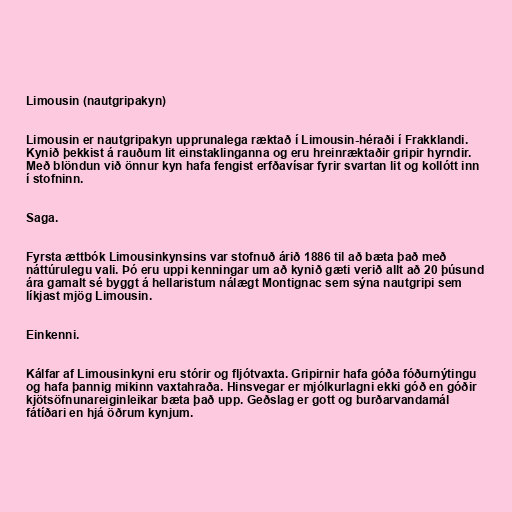
Limousin (nautgripakyn)

Limousin er nautgripakyn upprunalega ræktað í Limousin-héraði í Frakklandi.
Kynið þekkist á rauðum lit einstaklinganna og eru hreinræktaðir gripir hyrndir.
Með blöndun við önnur kyn hafa fengist erfðavísar fyrir svartan lit og kollótt inn
í stofninn.

Saga.

Fyrsta ættbók Limousinkynsins var stofnuð árið 1886 til að bæta það með
náttúrulegu vali. Þó eru uppi kenningar um að kynið gæti verið allt að 20 þúsund
ára gamalt sé byggt á hellaristum nálægt Montignac sem sýna nautgripi sem
líkjast mjög Limousin.

Einkenni.

Kálfar af Limousinkyni eru stórir og fljótvaxta. Gripirnir hafa góða fóðurnýtingu
og hafa þannig mikinn vaxtahraða. Hinsvegar er mjólkurlagni ekki góð en góðir
kjötsöfnunareiginleikar bæta það upp. Geðslag er gott og burðarvandamál
fátíðari en hjá öðrum kynjum.